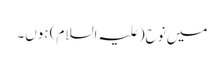
میں نوح(علیہ السلام) ہوں۔